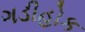
ગડીહોક